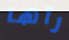
رآها